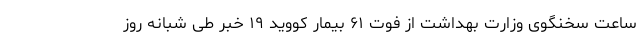
ساعت سخنگوی وزارت بهداشت از فوت ۶۱ بیمار کووید ۱۹ خبر طی شبانه روز